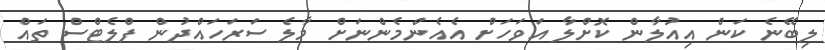
ލިބޭނެ ކަން އިއުލާން ކޮށްލާ އަވަހަށް އެއެންމެންނަށް މާލެ ސަރަހައްދުން ފްލެޓްސް ތައް